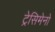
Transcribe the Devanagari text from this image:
ट्रेसिमेनो